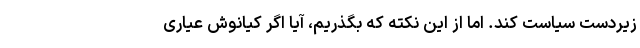
زیردست سیاست کند. اما از این نکته که بگذریم، آیا اگر کیانوش عیاری